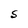
Character: S